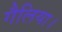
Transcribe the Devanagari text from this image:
गैलिया।